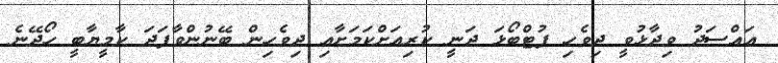
އައްސަދު ވިދާޅުވީ ދިވެހި ފުޓްބޯޅަ ދަނީ ކުރިއަަށްކަމަށާއި ދިވެހިން ބޭނުންވާފަދަ ކާމީޔާބީ ހޯދޭނެ